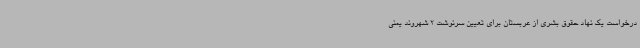
درخواست یک نهاد حقوق بشری از عربستان برای تعیین سرنوشت 2 شهروند یمنی